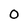
Character: 0